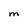
Character: M